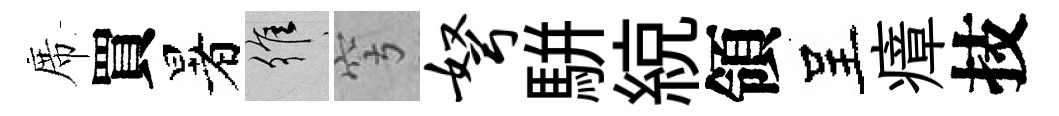
席買暑維穹弩駢綂領呈瘴技